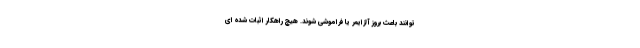
توانند باعث بروز آلزایمر یا فراموشی شوند. هیچ راهکار اثبات شده ای